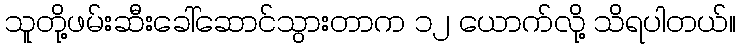
သူတို့ဖမ်းဆီးခေါ်ဆောင်သွားတာက ၁၂ ယောက်လို့ သိရပါတယ်။